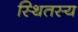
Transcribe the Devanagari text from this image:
स्थितस्य